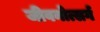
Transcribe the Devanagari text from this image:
जीवनोत्सर्ग